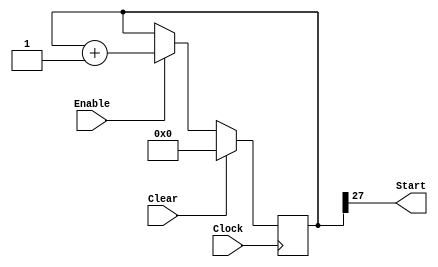
module delay_counter (Clock, Clear, Enable, Start);

input Clock, Clear, Enable;
output wire Start;

reg [27:0] delay_count;

always @(posedge Clock)
	if (Clear)
		delay_count <= 0;
	else if (Enable)
		delay_count <= delay_count + 1;
		
assign Start = delay_count[27];

endmodule